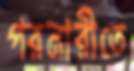
পরনারীতে